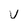
Character: U